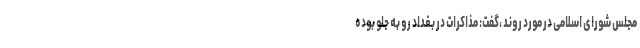
مجلس شورای اسلامی در مورد روند ،گفت: مذاکرات در بغداد رو به جلو بوده